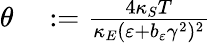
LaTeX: \begin{array}{rl}{\theta}&{{}:=\frac{4\kappa_{S}T}{\kappa_{E}(\varepsilon+b_{\varepsilon}\gamma^{2})^{2}}}\end{array}